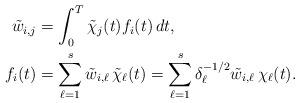
LaTeX: \begin{align*}\tilde w_{i,j} &= \int^{T}_{0} \tilde \chi_j(t) f_{i}(t) \, dt,\\f_i(t) &= \sum_{\ell = 1}^s \tilde w_{i,\ell} \, \tilde \chi_\ell(t) = \sum_{\ell = 1}^s \delta^{-1/2}_\ell \tilde w_{i,\ell} \, \chi_\ell(t).\end{align*}